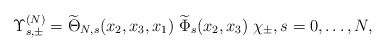
\begin{align*} \Upsilon_{s,\pm}^{(N)}=\widetilde{\Theta}_{N,s}(x_2,x_3,x_1)\;\widetilde{\Phi}_{s}(x_2,x_3)\;\chi_{\pm},s=0,\ldots,N,\end{align*}